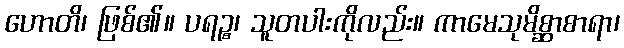
ဟောတိ၊ ဖြစ်၏။ ပရဉ္စ၊ သူတပါးကိုလည်း။ ကာမေသုမိစ္ဆာစာရာ၊